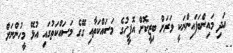
އަދި މައިންބަފައިންނަކީ ވަރަށް ބިޒީކޮށް އޮފީހުގެ މަސައްކަތާއި ގޭގެ މަސައްކަތުގައި އުޅޭ މީހުންނަށް